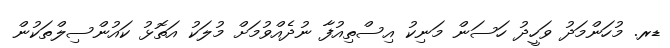
ޑރ. މުހަންމަދު ވަހީދު ހަސަން މަނިކު އިސްތިއުފާ ނުދެއްވުމަށް މުލަކު އަތޮޅު ކައުންސިލްތަކުން